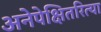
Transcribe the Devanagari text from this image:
अनेपेक्षितरित्या